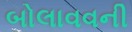
બોલાવવની